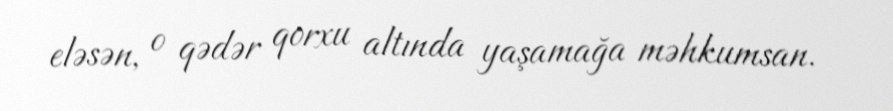
eləsən, o qədər qorxu altında yaşamağa məhkumsan.